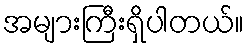
အများကြီးရှိပါတယ်။